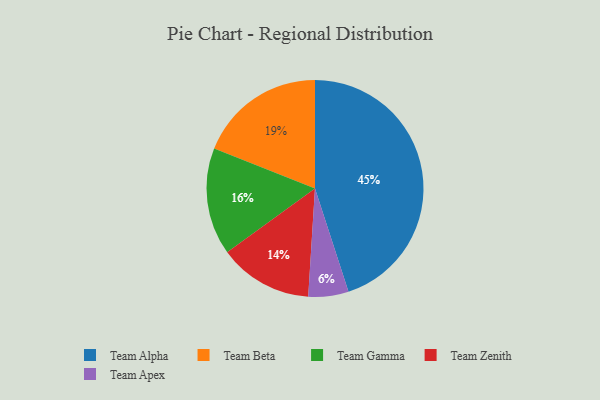
{"axis": {"x": "Category", "y": "Percentage"}, "legend": ["Team Alpha", "Team Apex", "Team Beta", "Team Gamma", "Team Zenith"], "data": [{"x": "Team Gamma", "y": 16, "type": "Team Gamma"}, {"x": "Team Apex", "y": 6, "type": "Team Apex"}, {"x": "Team Zenith", "y": 14, "type": "Team Zenith"}, {"x": "Team Beta", "y": 19, "type": "Team Beta"}, {"x": "Team Alpha", "y": 45, "type": "Team Alpha"}]}